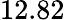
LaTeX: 12.82